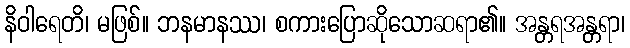
နိဝါရေတိ၊ မဖြစ်။ ဘနမာနဿ၊ စကားပြောဆိုသောဆရာ၏။ အန္တရအန္တရာ၊